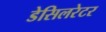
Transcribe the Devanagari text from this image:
डेसिलरेटर